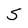
Character: S